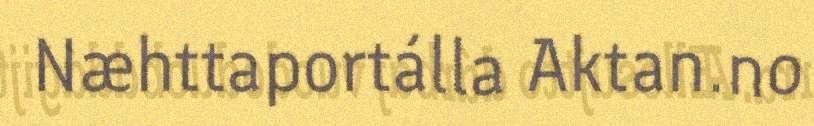
Næhttaportálla Aktan.no